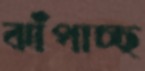
ঝাঁপাচ্ছ